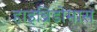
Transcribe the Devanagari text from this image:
हाइब्रिडोमास